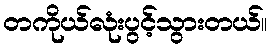
တကိုယ်လုံးပွင့်သွားတယ်။